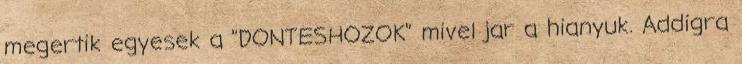
megertik egyesek a "DONTESHOZOK" mivel jar a hianyuk. Addigra